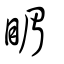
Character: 睸